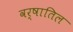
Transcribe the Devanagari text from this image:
वर्षातिल